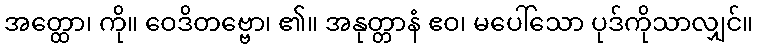
အတ္ထော၊ ကို။ ဝေဒိတဗ္ဗော၊ ၏။ အနုတ္တာနံ ဧဝ၊ မပေါ်သော ပုဒ်ကိုသာလျှင်။